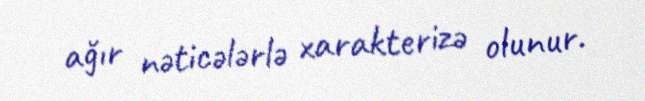
ağır nəticələrlə xarakterizə olunur.